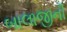
બાલાજીની